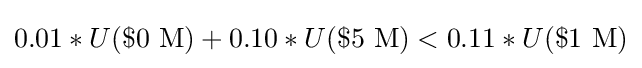
0.01*U(\${\text{0 M}})+0.10*U(\${\text{5 M}})<0.11*U(\${\text{1 M}})